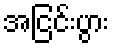
အငြင်းပွား